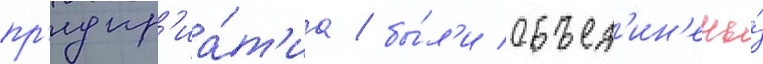
пр'едпр'иа́т'иа / бы́л'и объед'ин'ены́